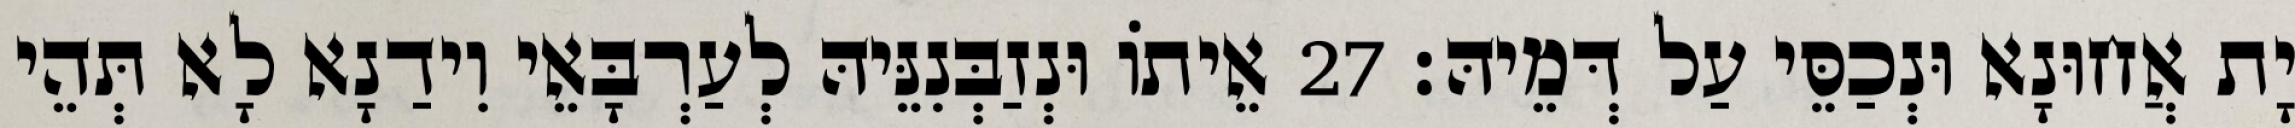
יָת אֲחוּנָא וּנְכַסֵּי עַל דְּמֵיהּ׃ 27 אֵיתוֹ וּנְזַבְּנִנֵּיהּ לְעַרְבָּאֵי וִידַנָא לָא תְּהֵי